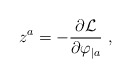
\begin{align*}z^a=- {\partial {\cal L}\over\partial \varphi_{|a} }\ ,\end{align*}